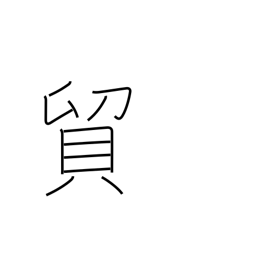
Meaning: exchange